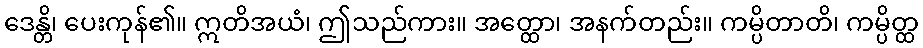
ဒေန္တိ၊ ပေးကုန်၏။ ဣတိအယံ၊ ဤသည်ကား။ အတ္ထော၊ အနက်တည်း။ ကမ္ပိတာတိ၊ ကမ္ပိတ္ထ